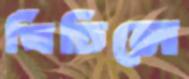
খিঁচিলে